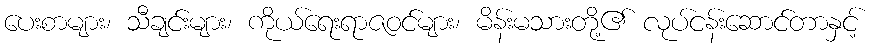
ပေးစာများ၊ သီချင်းများ၊ ကိုယ်ရေးရာဇဝင်များ၊ မိန်းမသားတို့၏ လုပ်ငန်းဆောင်တာနှင့်